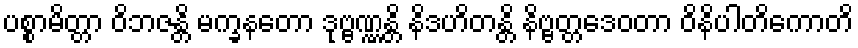
ပစ္စာမိတ္တာ ဝိဘဇန္တိ မက္ခနတော ဒုဗ္ဗဏ္ဏန္တိ နိဒဟိတန္တိ နိဗ္ဗတ္တဒေဝတာ ဝိနိပါတိကောတိ